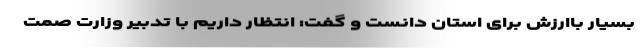
بسیار باارزش برای استان دانست و گفت: انتظار داریم با تدبیر وزارت صمت